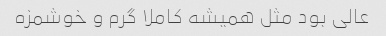
عالی بود مثل همیشه کاملا گرم و خوشمزه